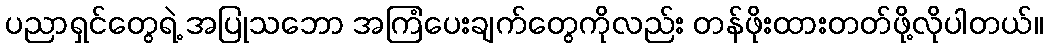
ပညာရှင်တွေရဲ့ အပြုသဘော အကြံပေးချက်တွေကိုလည်း တန်ဖိုးထားတတ်ဖို့လိုပါတယ်။